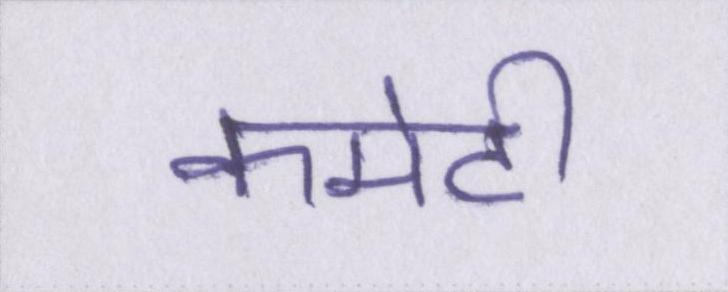
कमेटी